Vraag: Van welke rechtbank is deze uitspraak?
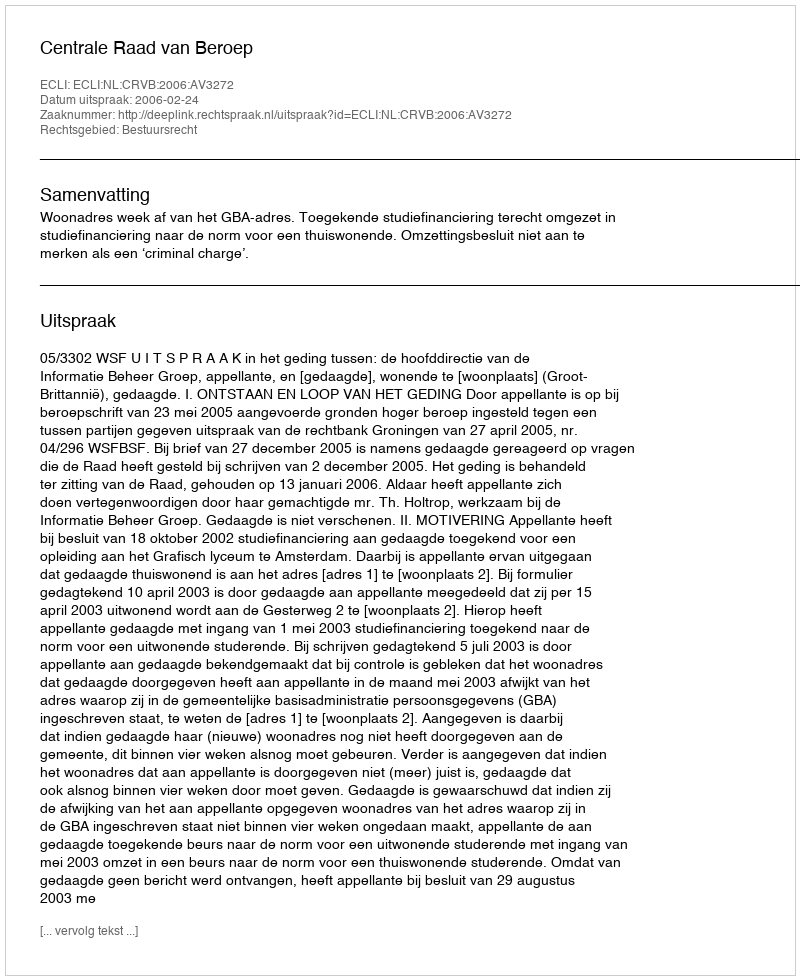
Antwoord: Centrale Raad van Beroep